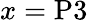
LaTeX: x=\mathrm{P3}